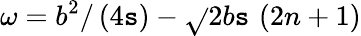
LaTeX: \omega=b^{2}/\left(4\mathtt{s}\right)-\sqrt{}{{2b\mathtt{s}}}\, \left(2n+1\right)